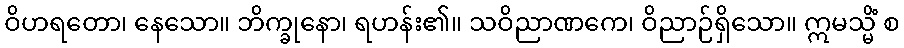
ဝိဟရတော၊ နေသော။ ဘိက္ခုနော၊ ရဟန်း၏။ သဝိညာဏကေ၊ ဝိညာဉ်ရှိသော။ ဣမသ္မိံ စ